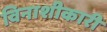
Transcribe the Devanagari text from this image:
विनाशीकारी